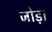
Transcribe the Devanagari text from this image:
जोड़।